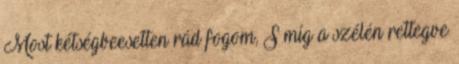
Most kétségbeesetten rád fogom, S míg a szélén rettegve